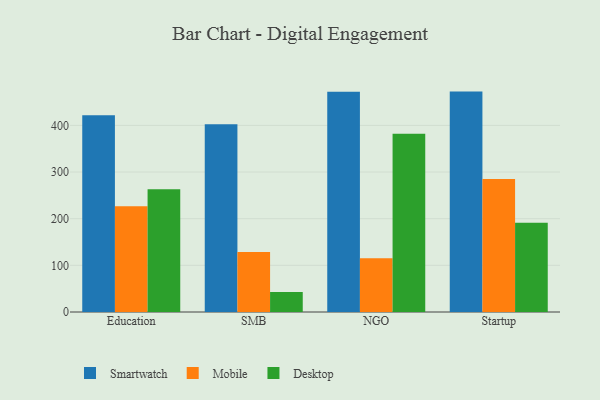
{"axis": {"x": "Segment", "y": "Budget (USD K)"}, "legend": ["Desktop", "Mobile", "Smartwatch"], "data": [{"x": "Education", "y": 421.8, "type": "Smartwatch"}, {"x": "Education", "y": 226.5, "type": "Mobile"}, {"x": "Education", "y": 263.3, "type": "Desktop"}, {"x": "SMB", "y": 402.5, "type": "Smartwatch"}, {"x": "SMB", "y": 128.4, "type": "Mobile"}, {"x": "SMB", "y": 43.1, "type": "Desktop"}, {"x": "NGO", "y": 472.3, "type": "Smartwatch"}, {"x": "NGO", "y": 115.1, "type": "Mobile"}, {"x": "NGO", "y": 382.3, "type": "Desktop"}, {"x": "Startup", "y": 472.4, "type": "Smartwatch"}, {"x": "Startup", "y": 285.1, "type": "Mobile"}, {"x": "Startup", "y": 191.2, "type": "Desktop"}]}